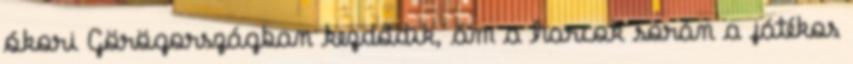
ókori Görögországban kezdődik, ám a harcok során a játékos